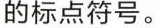
的标点符号。